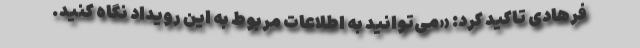
فرهادی تاکید کرد: «می‌توانید به اطلاعات مربوط به این رویداد نگاه کنید.